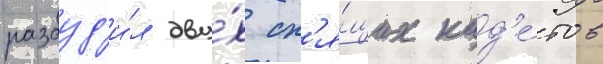
разбуд'и́л дву́х сп'я́щих кад'е́тов